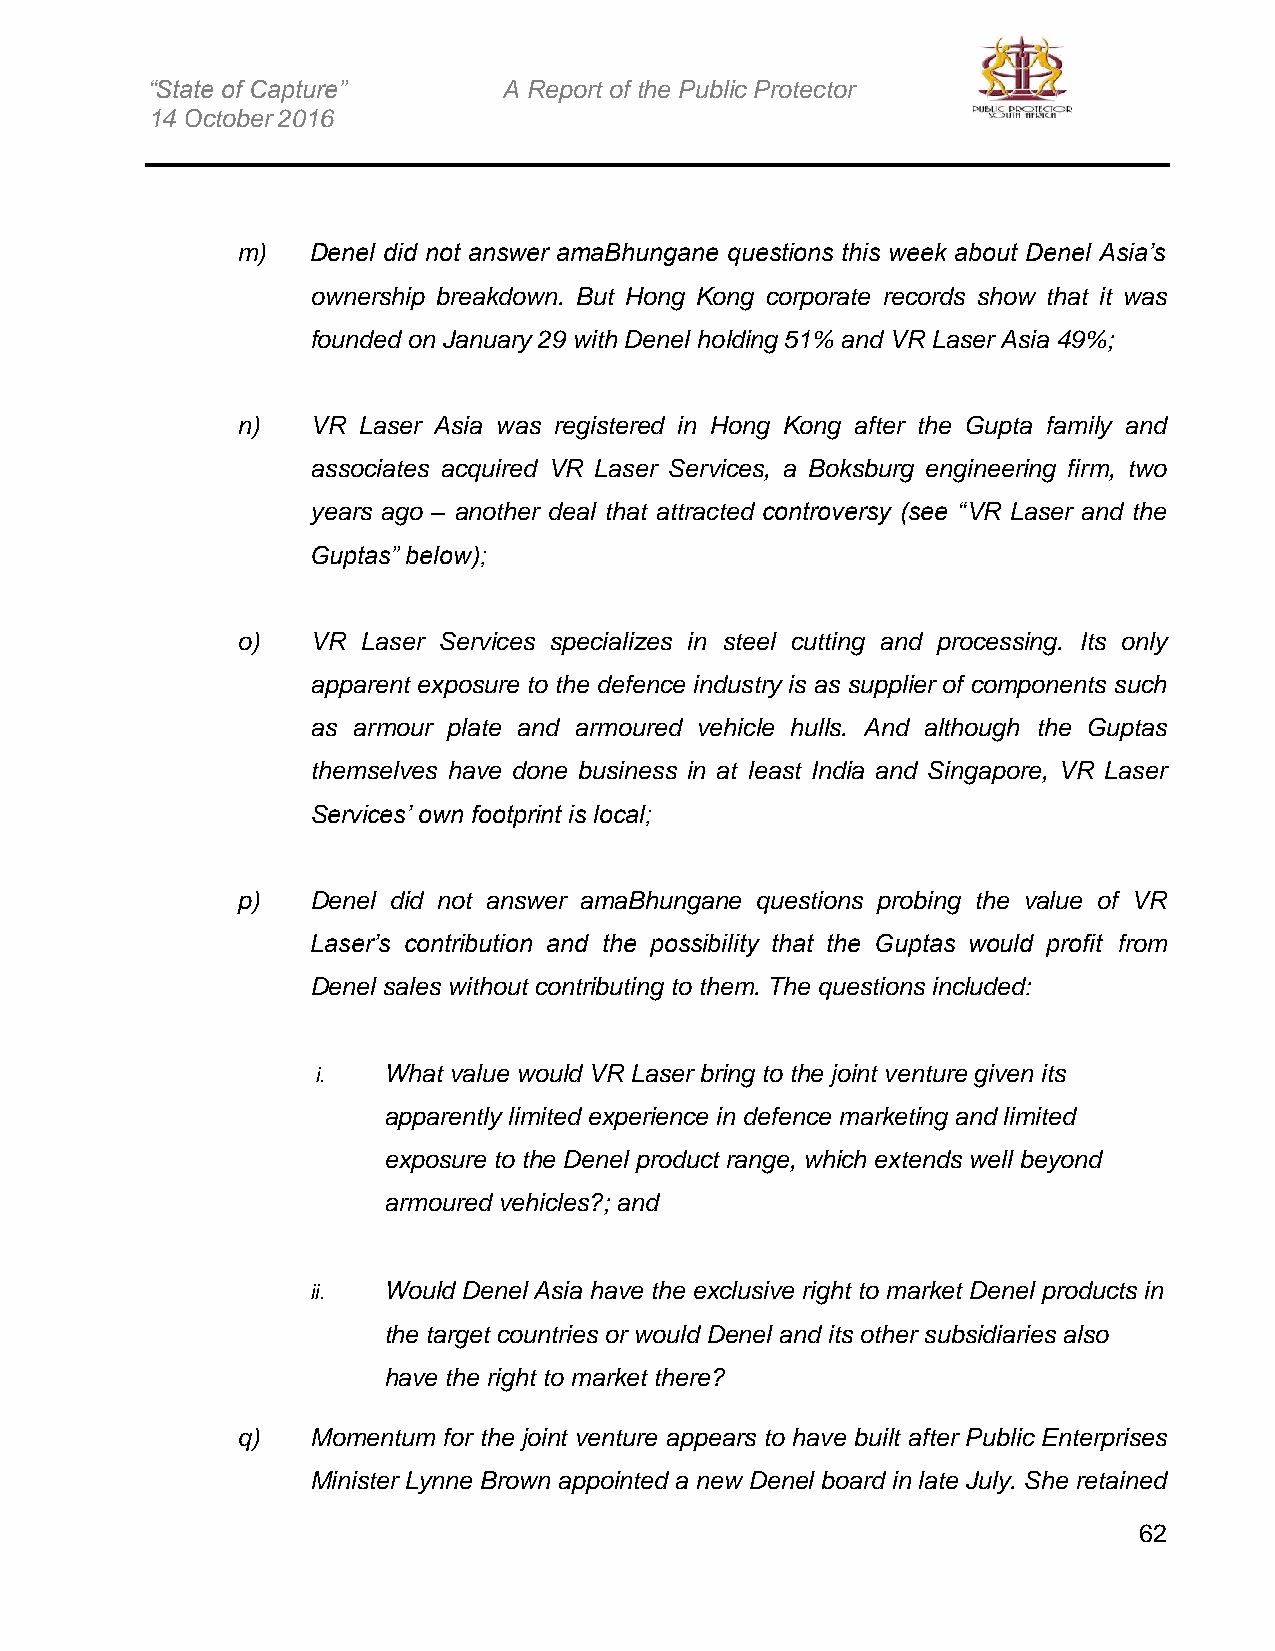
“State of Capture”     A Report of the Public Protector
 14 October 2016
 m)   Denel did not answer amaBhungane questions this week about Denel Asia’s
 ownership breakdown. But Hong Kong corporate records show that it was
 founded on January 29 with Denel holding 51% and VR Laser Asia 49%;
 n)   VR Laser Asia was registered in Hong Kong after the Gupta family and
 associates acquired VR Laser Services, a Boksburg engineering firm, two
 years ago – another deal that attracted controversy (see “VR Laser and the
 Guptas” below);
 o)   VR Laser Services specializes in steel cutting and processing. Its only
 apparent exposure to the defence industry is as supplier of components such
 as armour plate and armoured vehicle hulls. And although the Guptas
 themselves have done business in at least India and Singapore, VR Laser
 Services’ own footprint is local;
 p)   Denel did not answer amaBhungane questions probing the value of VR
 Laser’s contribution and the possibility that the Guptas would profit from
 Denel sales without contributing to them. The questions included:
 i.  What value would VR Laser bring to the joint venture given its
 apparently limited experience in defence marketing and limited
 exposure to the Denel product range, which extends well beyond
 armoured vehicles?; and
 ii. Would Denel Asia have the exclusive right to market Denel products in
 the target countries or would Denel and its other subsidiaries also
 have the right to market there?
 q)   Momentum for the joint venture appears to have built after Public Enterprises
 Minister Lynne Brown appointed a new Denel board in late July. She retained
 62